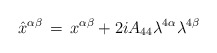
\begin{align*}\hat x^{\alpha \beta} \, = \, x^{\alpha \beta} + 2i A_{44}\lambda^{4 \alpha} \lambda^{4 \beta}\end{align*}